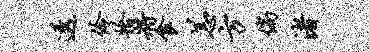
透伶拾将食恙方倘渚